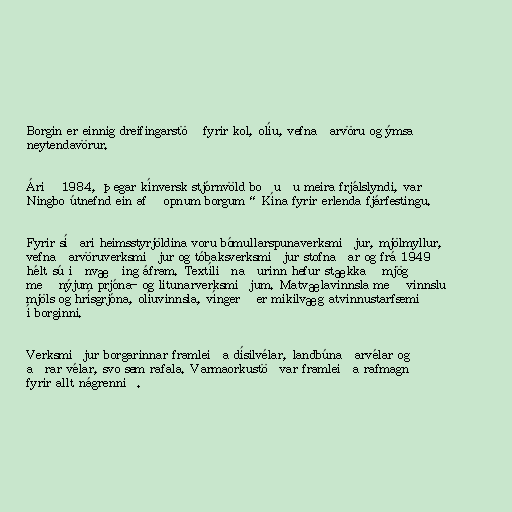
Borgin er einnig dreifingarstöð fyrir kol, olíu, vefnaðarvöru og ýmsa
neytendavörur.

Árið 1984, þegar kínversk stjórnvöld boðuðu meira frjálslyndi, var
Ningbo útnefnd ein af „opnum borgum“ Kína fyrir erlenda fjárfestingu.

Fyrir síðari heimsstyrjöldina voru bómullarspunaverksmiðjur, mjölmyllur,
vefnaðarvöruverksmiðjur og tóbaksverksmiðjur stofnaðar og frá 1949
hélt sú iðnvæðing áfram. Textíliðnaðurinn hefur stækkað mjög
með nýjum prjóna- og litunarverksmiðjum. Matvælavinnsla með vinnslu
mjöls og hrísgrjóna, olíuvinnsla, víngerð er mikilvæg atvinnustarfsemi
í borginni.

Verksmiðjur borgarinnar framleiða dísilvélar, landbúnaðarvélar og
aðrar vélar, svo sem rafala. Varmaorkustöðvar framleiða rafmagn
fyrir allt nágrennið.